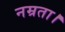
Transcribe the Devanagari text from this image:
नम्रता।